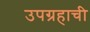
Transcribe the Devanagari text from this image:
उपग्रहाची